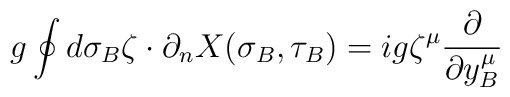
g\oint d\sigma_B \zeta\cdot \partial_n X(\sigma_B,\tau_B) = i g\zeta^\mu{\partial\over \partial y_B^\mu}